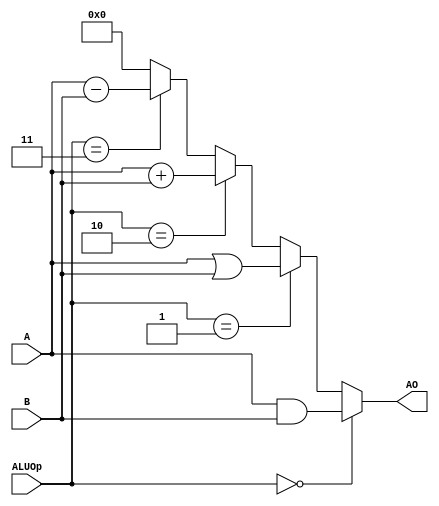
`timescale 1ns / 1ps
//////////////////////////////////////////////////////////////////////////////////
// Company: 
// Engineer: 
// 
// Design Name: 
// Module Name:    E_ALU 
// Project Name: 
// Target Devices: 
// Tool versions: 
// Description: 
//
// Dependencies: 
//
// Revision: 
// Revision 0.01 - File Created
// Additional Comments: 
//
//////////////////////////////////////////////////////////////////////////////////
module E_ALU(
    input [4:0] ALUOp,
    input [31:0] A,
    input [31:0] B,
    output [31:0] AO
    );
    assign AO = (ALUOp==5'd0)? (A&B):
                (ALUOp==5'd1)? (A|B):
                (ALUOp==5'd2)? (A+B):
                (ALUOp==5'd3)? (A-B):
                32'h0000_0000;

endmodule